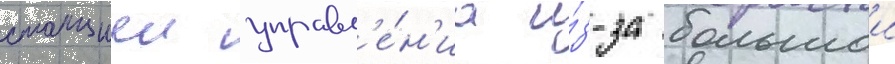
станциеи управл'е́н'иа и́з-за большои